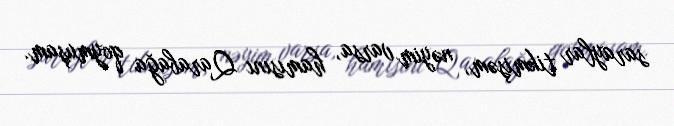
saraylar tikmişəm, nəyim varsa, hamısını Qarabağa qoymuşam.